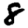
Digit: 8